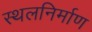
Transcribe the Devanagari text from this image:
स्थलनिर्माण